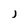
Character: J